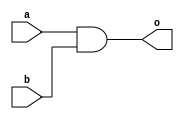
module and_gate (
    input a, b,
    output o
);

assign o = a & b;

endmodule